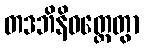
တဒဘိနိဝတ္တေတွာ